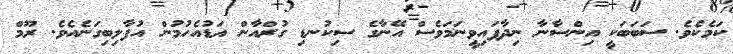
ކަމެކެވެ. ސަބަބަކީ އިންސާނާ ނިދާފައިވީނަމަވެސް އޭނާގެ ސިކުނޑި ގުރްއާން އަޑުއެހުމުން އުފާލިބިގަނެއެވެ. ރޫމް